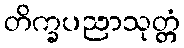
တိက္ခပညာသုတ္တံ